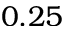
0 . 2 5